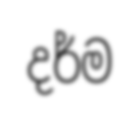
දර්ම